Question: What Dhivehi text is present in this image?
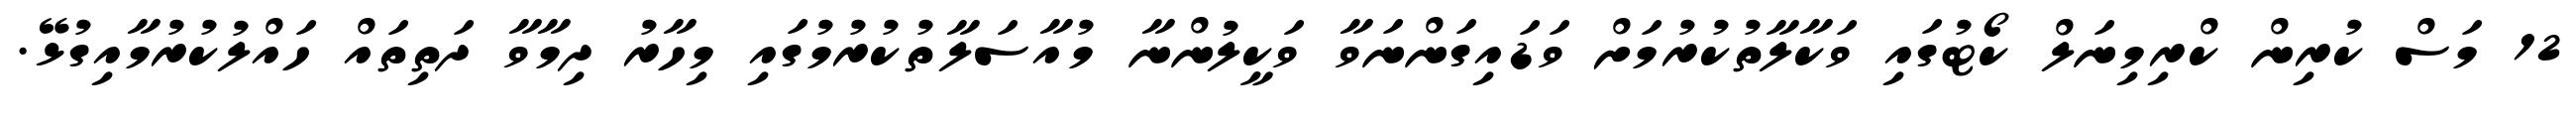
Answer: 12 މަސް ކުރިން ކްރިމިނަލް ކޯޓުގައި ވަކާލާތުކުރުމަށް ވަޑައިގަންނަވާ ވަކީލުންނާ މުއާސަލާތުކުރުމުގައި މިހާރު ދިމާވާ ދަތިތައް ހައްލުކުރުމާއިގުޅޭ.